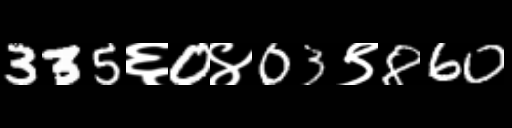
Text: 335६0४03९860